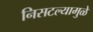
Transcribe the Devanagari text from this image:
निसटल्यामुळे